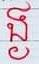
ង្ង